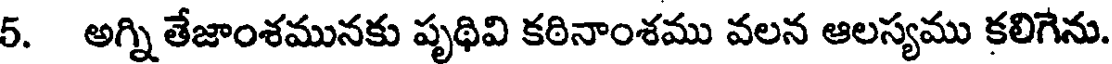
5. అగ్ని తేజాంశమునకు పృథివి కఠినాంశము వలన ఆలస్యము కలిగేను.